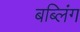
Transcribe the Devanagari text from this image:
बब्लिंग